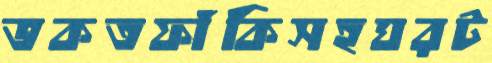
ভকতফাঁকিসহঘরট